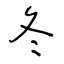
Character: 冬